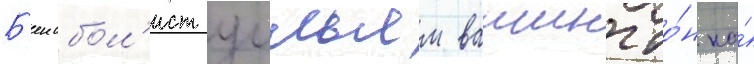
Б'еисбол'ист уильям вашингто́н на́